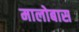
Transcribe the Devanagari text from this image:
मालोबास